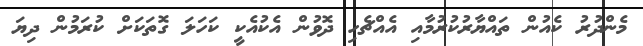
މެންދުރު ކެއުން ތައްޔާރުކުރުމާއި އެއްޗެހި ދޮވުން އެކުއެކީ ކަހަލަ ގޮތަކަށް ކުރަމުން ދިޔަ